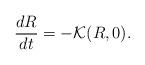
LaTeX: \begin{align*}\frac{dR}{dt}=-{\cal K}(R,0). \end{align*}